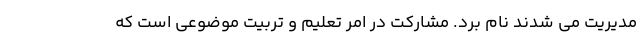
مدیریت می شدند نام برد. مشارکت در امر تعلیم و تربیت موضوعی است که